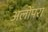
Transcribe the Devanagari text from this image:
अलोंपरा